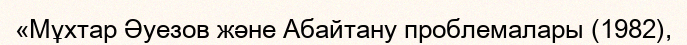
«Мұхтар Әуезов және Абайтану проблемалары (1982),